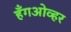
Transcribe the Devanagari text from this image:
हँगओव्हर